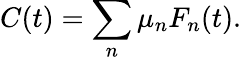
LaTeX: C(t)=\sum_{n}\mu_{n}F_{n}(t).